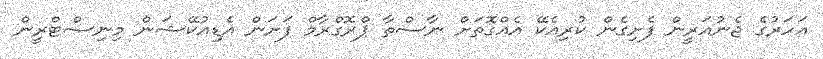
އަހަރުގެ ޖެނުއަރީން ފެށިގެން ކުރިއެކޭ އެއްގޮތަށް ނާސްތާ ޕްރޮގްރާމް ފަށަން އެޑިއުކޭޝަން މިނިސްޓްރީން